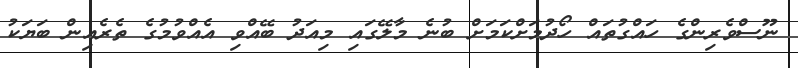
ނޫސްވެރިންގެ ހައްގުތައް ހޯދުމަށްކަމަށްް ބުނެ މާލޭގައި މިއަދު ބޭއްވި އެއްވުމުގެ ތެރެއިން ބަޔަކު